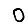
Digit: 0